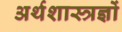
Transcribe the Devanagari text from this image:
अर्थशास्त्रज्ञों